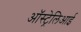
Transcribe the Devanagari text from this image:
ऑस्ट्रेलिआई